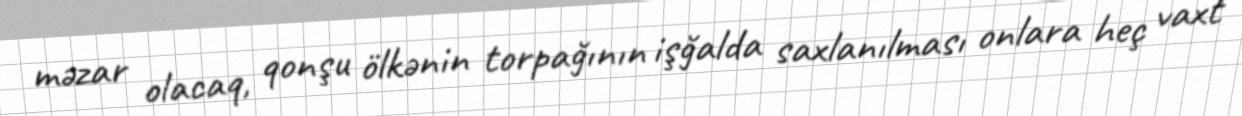
məzar olacaq, qonşu ölkənin torpağının işğalda saxlanılması onlara heç vaxt